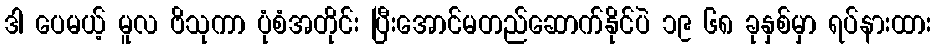
ဒါ ပေမယ့် မူလ ဗိသုကာ ပုံစံအတိုင်း ပြီးအောင်မတည်ဆောက်နိုင်ပဲ ၁၉ ၆၈ ခုနှစ်မှာ ရပ်နားထား